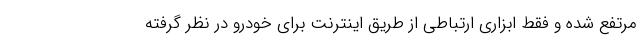
مرتفع شده و فقط ابزاری ارتباطی از طریق اینترنت برای خودرو در نظر گرفته